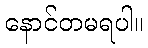
နောင်တမရပါ။